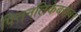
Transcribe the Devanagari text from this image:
पित्तनलिकेबरोबर